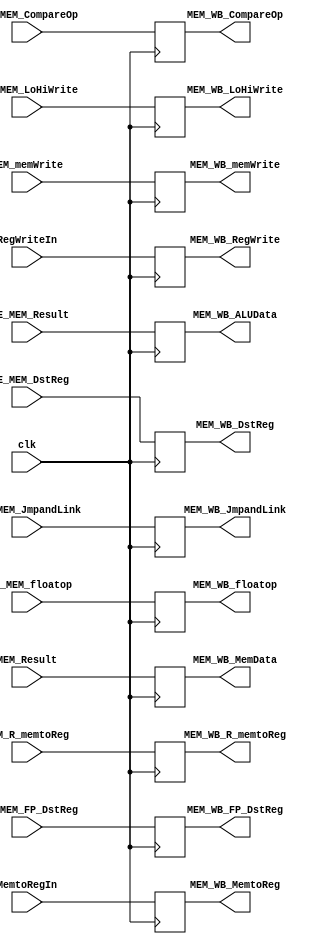
module MEM_WB_Register (MEM_WB_memWrite, MEM_WB_R_memtoReg, MEM_WB_MemData, MEM_WB_ALUData, MEM_WB_DstReg, MEM_WB_FP_DstReg, MEM_WB_MemtoReg, MEM_WB_RegWrite, MEM_WB_JmpandLink,
								MEM_WB_LoHiWrite, MEM_WB_CompareOp, MEM_WB_floatop, EXE_MEM_floatop, EXE_MEM_CompareOp, EXE_MEM_LoHiWrite, EXE_MEM_JmpandLink, MEM_Result, EXE_MEM_Result, EXE_MEM_DstReg, EXE_MEM_FP_DstReg, MemtoRegIn, 
								RegWriteIn, MEM_R_memtoReg, MEM_memWrite, clk);

// input
	input [63:0] MEM_Result, EXE_MEM_Result;
	input [4:0] EXE_MEM_DstReg, EXE_MEM_FP_DstReg;
	input MEM_memWrite, EXE_MEM_JmpandLink, MemtoRegIn, RegWriteIn, MEM_R_memtoReg, EXE_MEM_LoHiWrite, EXE_MEM_CompareOp, EXE_MEM_floatop, clk;

// output
	output reg [63:0] MEM_WB_MemData, MEM_WB_ALUData;
	output reg [4:0] MEM_WB_DstReg, MEM_WB_FP_DstReg;
	output reg MEM_WB_memWrite, MEM_WB_JmpandLink, MEM_WB_MemtoReg, MEM_WB_RegWrite, MEM_WB_R_memtoReg, MEM_WB_LoHiWrite, MEM_WB_CompareOp, MEM_WB_floatop;
	
	always @(posedge clk)
		begin
			MEM_WB_MemData <= MEM_Result;
			MEM_WB_ALUData <= EXE_MEM_Result;
			MEM_WB_DstReg <= EXE_MEM_DstReg;
			MEM_WB_MemtoReg <= MemtoRegIn;
			MEM_WB_RegWrite <= RegWriteIn;
			MEM_WB_R_memtoReg <= MEM_R_memtoReg;
			MEM_WB_JmpandLink <= EXE_MEM_JmpandLink;
			MEM_WB_FP_DstReg <= EXE_MEM_FP_DstReg;
			MEM_WB_LoHiWrite <= EXE_MEM_LoHiWrite;
			MEM_WB_CompareOp <= EXE_MEM_CompareOp;
			MEM_WB_floatop <= EXE_MEM_floatop;
			MEM_WB_memWrite <= MEM_memWrite;
		end

endmodule